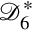
{ \mathcal { D } } _ { 6 } ^ { * }